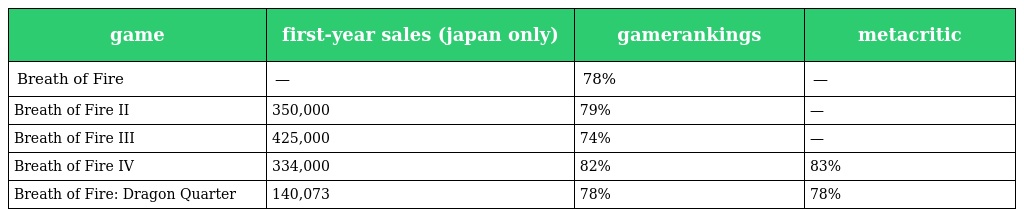
| game | first-year sales (japan only) | gamerankings | metacritic |
 | --- | --- | --- | --- |
 | Breath of Fire | — | 78% | — |
 | Breath of Fire II | 350,000 | 79% | — |
 | Breath of Fire III | 425,000 | 74% | — |
 | Breath of Fire IV | 334,000 | 82% | 83% |
 | Breath of Fire: Dragon Quarter | 140,073 | 78% | 78% |